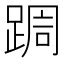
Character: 𮛩